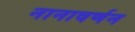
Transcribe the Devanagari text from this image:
नानावर्णन